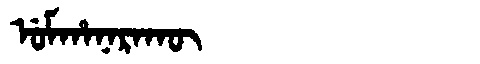
Manchu: ᡠᠮᡥᠠᠨᠠᡵᠠᡴᡡ
Romanization: UMHANARAKŪ